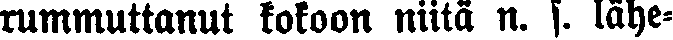
rummuttanut kokoon niitä n. s. lähe-